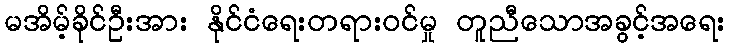
မအိမ့်ခိုင်ဦးအား နိုင်ငံရေးတရားဝင်မှု တူညီသောအခွင့်အရေး